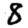
Digit: 8